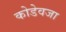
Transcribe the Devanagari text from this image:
कोडेवजा